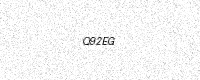
Text: Q92EG